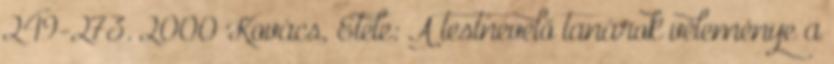
249-273. 2000 Kovács, Etele: A testnevelő tanárok véleménye a